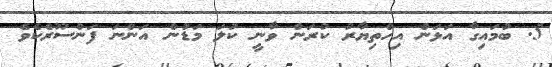
5. ބުމައިގާ އަޅަން އިހްތިޔާރު ކުރަން ވާނީ ކުލަ މަޑުން އަންނަ ފަންސޫރެކެވެ